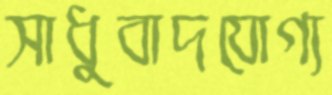
সাধুবাদযোগ্য